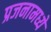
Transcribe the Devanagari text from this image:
प्रजनामध्ये